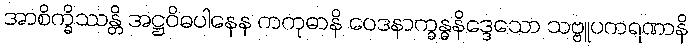
အာစိက္ခိဿန္တိ အဋ္ဌဝိဓပါနေန ကကုဓာနိ ဝေဒနာက္ခန္ဓနိဒ္ဒေသော သဗ္ဗူပကရဏာနိ